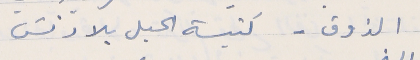
الذوق - كنيسة الحبل بلادنسَ